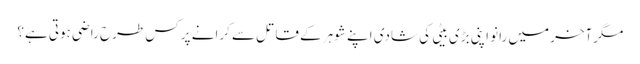
مگرآخر میں رانو اپنی بڑی بیٹی کی شادی اپنے شوہر کے قاتل سے کرانے پر کس طرح راضی ہوتی ہے؟